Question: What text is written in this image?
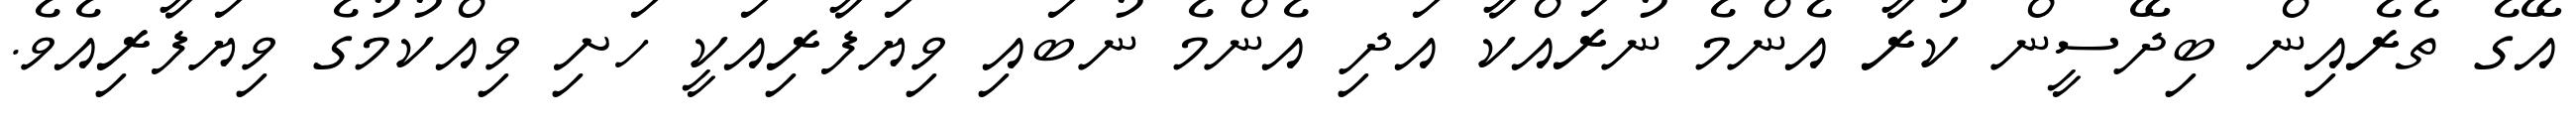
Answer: އޭގެ ތެރެއިން ބިދޭސީން ކުރާ އެންމެ ނުރައްކާ އަދި އެންމެ ނުބައި ވިޔަފާރިއަކީ ހަށި ވިއްކުމުގެ ވިޔަފާރިއެވެ.